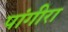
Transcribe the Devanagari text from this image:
पांगीरा